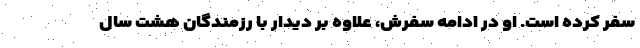
سفر کرده است. او در ادامه سفرش، علاوه بر دیدار با رزمندگان هشت سال